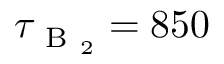
\tau _ { \mathrm { ~ B ~ } _ { 2 } } = 8 5 0